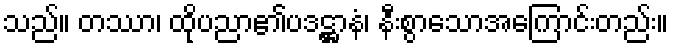
သည်။ တဿာ၊ ထိုပညာ၏ပဒဋ္ဌာနံ၊ နီးစွာသောအကြောင်းတည်း။